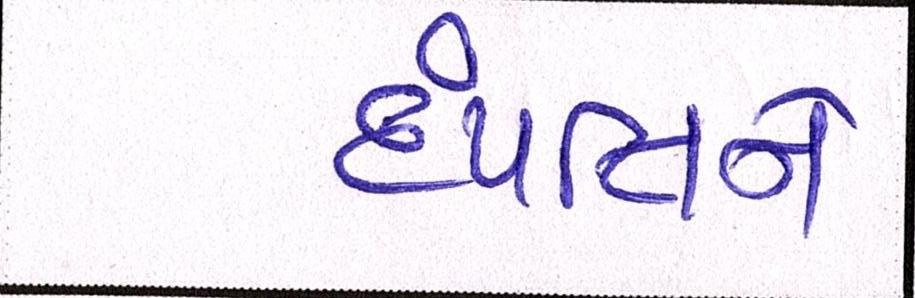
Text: દંપત્તિને